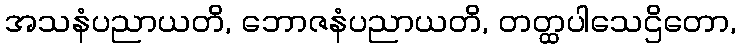
အသနံပညာယတိ, ဘောဇနံပညာယတိ, တတ္ထပါသေဌိတော,